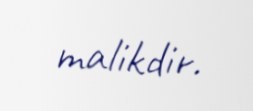
malikdir.